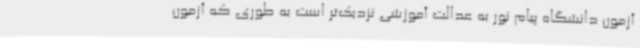
آزمون دانشگاه پیام نور به عدالت آموزشی نزدیک‌تر است به طوری که آزمون